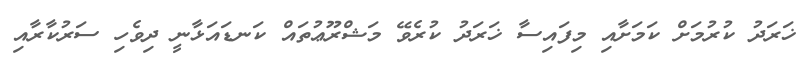
ޚަރަދު ކުރުމަށް ކަމަށާއި މިފައިސާ ޚަރަދު ކުރެވޭ މަޝްރޫޢުތައް ކަނޑައަޅާނީ ދިވެހި ސަރުކާރާއި